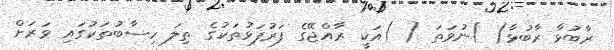
ރާބުޅާ ރާބުޅާ( )ނުވަތަ ( )އަކީ ރާއްޖޭގެ ފަރުފަޅުތަކުގެ ތިލަ ހިސާބުތަކުގައި ވަރަށް